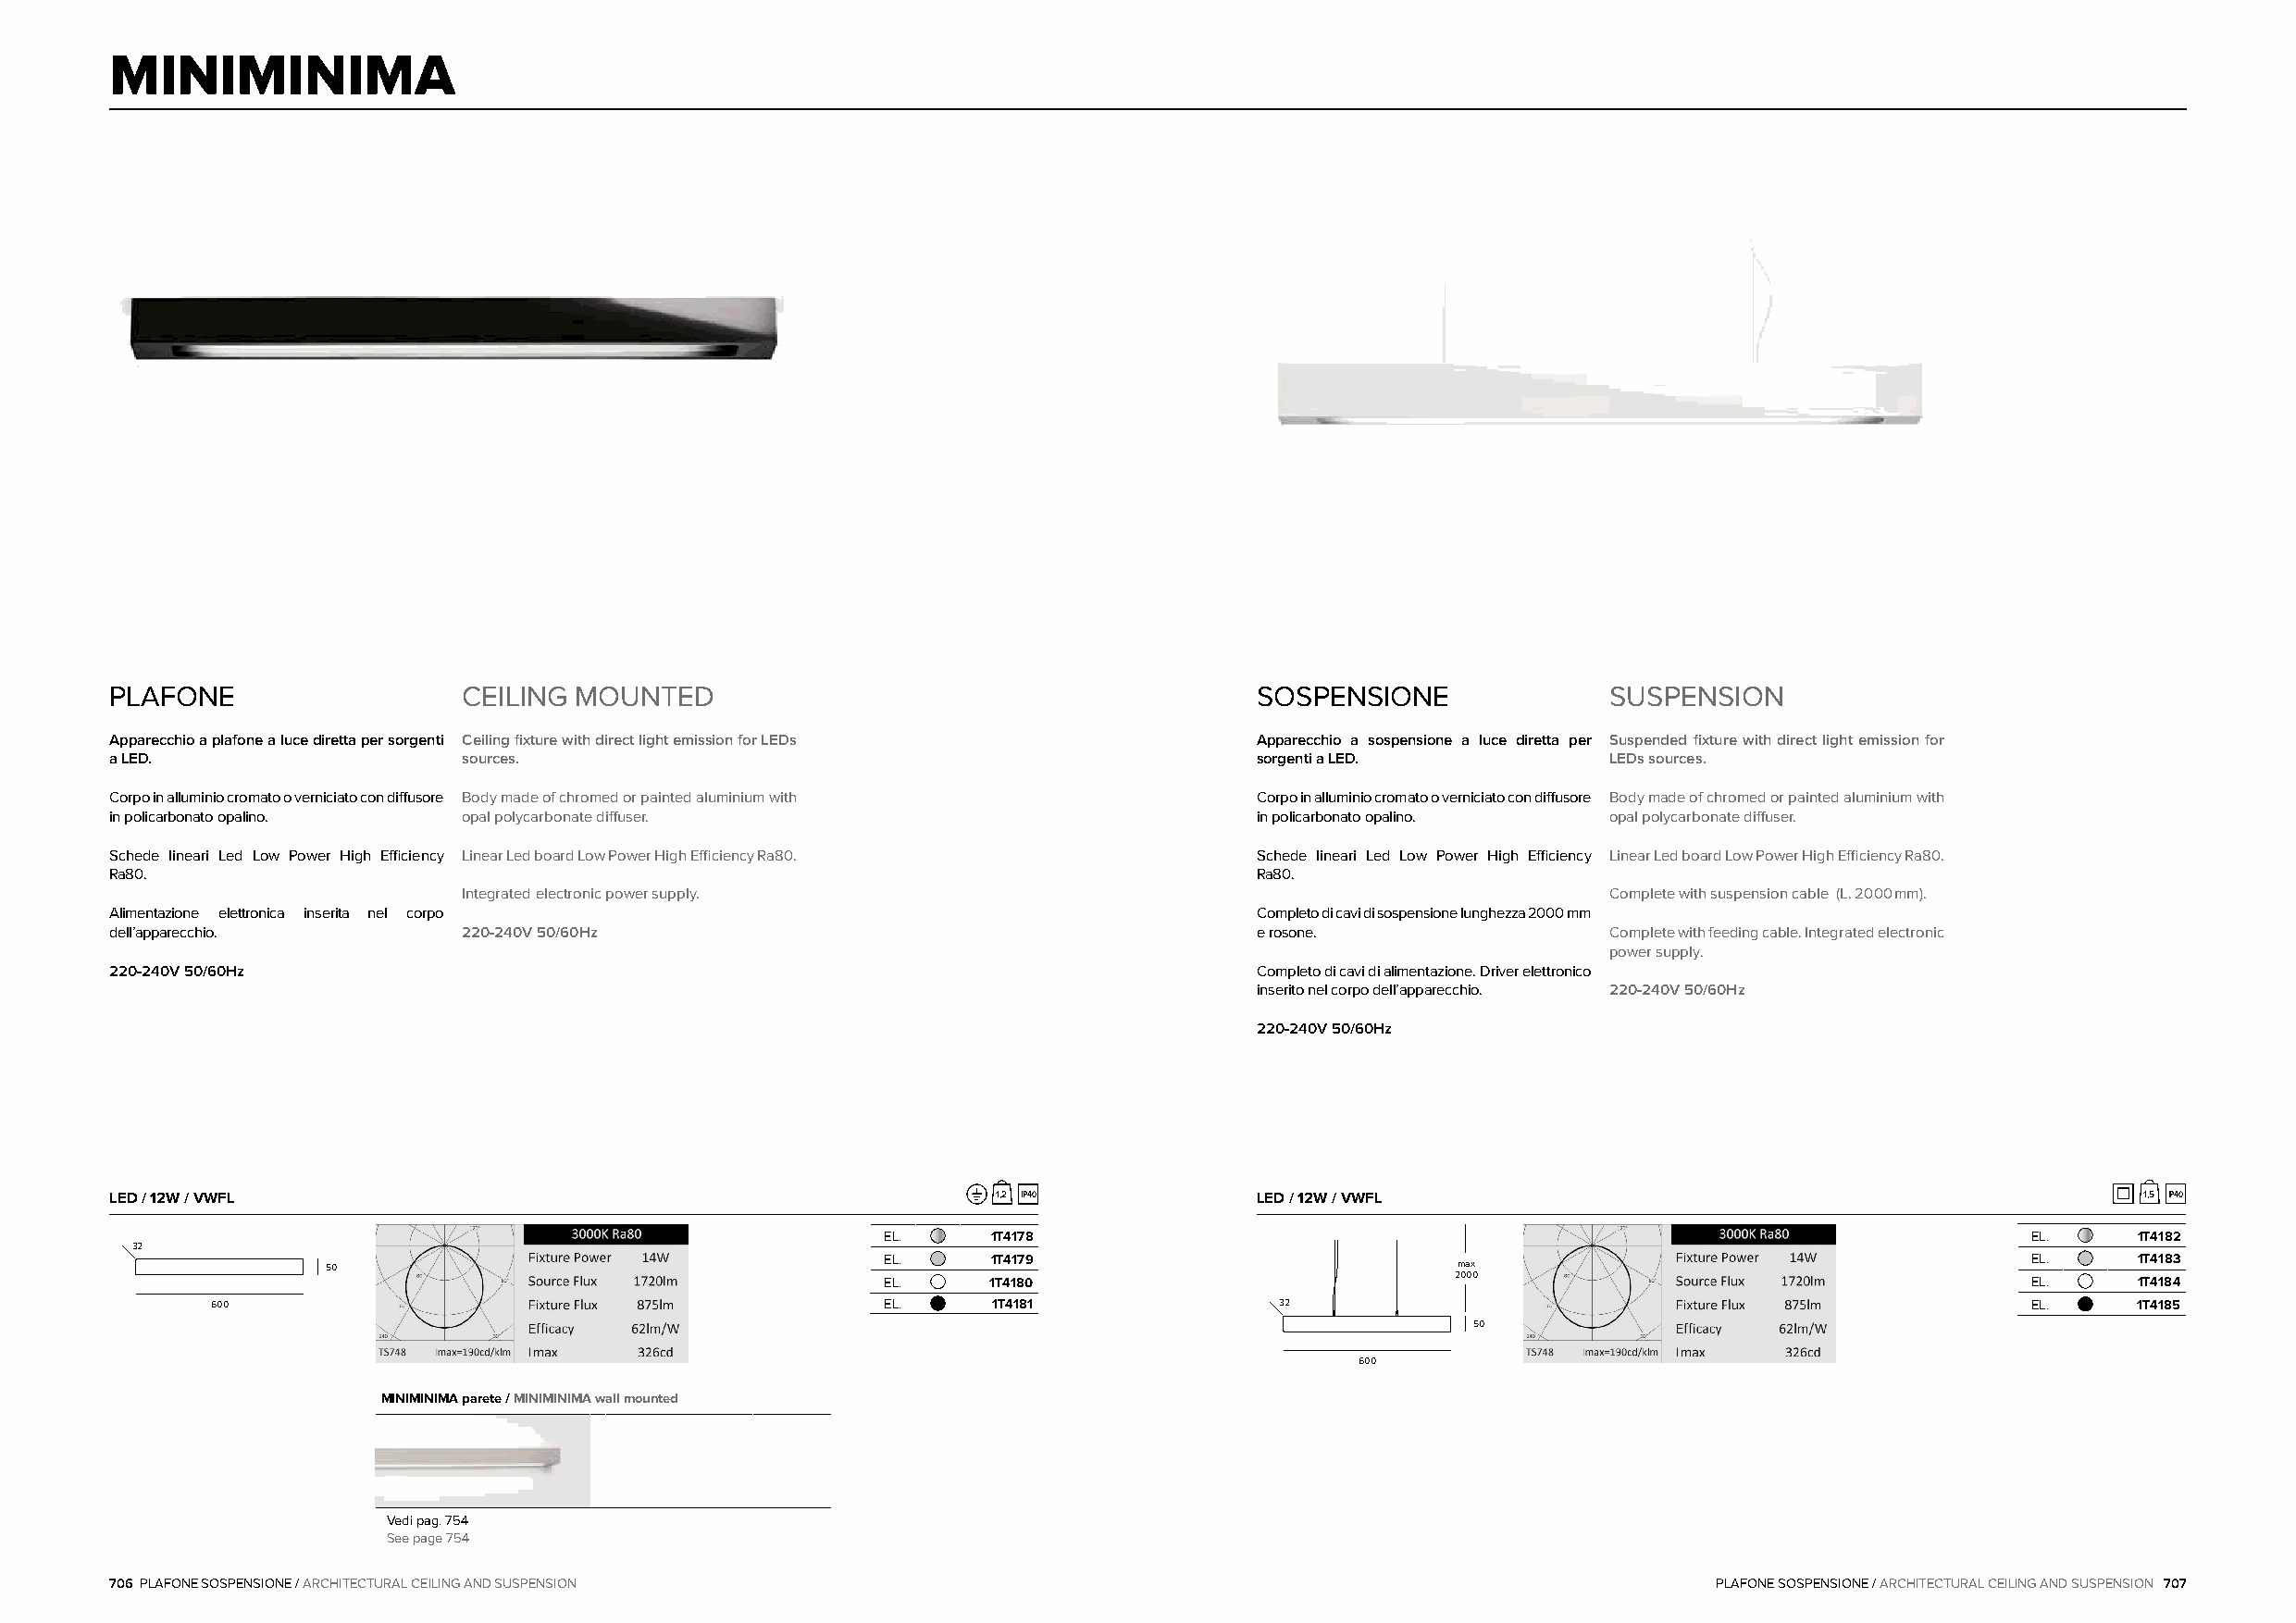
MINIMINIMA
 PLAFONE                  CEILING MOUNTED                                          SOSPENSIONE              SUSPENSION
 Apparecchio a plafone a luce diretta per sorgenti Ceiling fixture with direct light emission for LEDs Apparecchio a sospensione a luce diretta per Suspended fixture with direct light emission for
 a LED.                   sources.                                                 sorgenti a LED.          LEDs sources.
 Corpo in alluminio cromato o verniciato con diffusore Body made of chromed or painted aluminium with Corpo in alluminio cromato o verniciato con diffusore Body made of chromed or painted aluminium with
 in policarbonato opalino. opal polycarbonate diffuser.                            in policarbonato opalino. opal polycarbonate diffuser.
 Schede lineari Led Low Power High Efficiency Linear Led board Low Power High Efficiency Ra80. Schede lineari Led Low Power High Efficiency Linear Led board Low Power High Efficiency Ra80.
 Ra80.                                                                             Ra80.
 Integrated electronic power supply.                                               Complete with suspension cable (L.2000mm).
 Alimentazione elettronica inserita nel corpo                                      Completo di cavi di sospensione lunghezza 2000mm
 dell’apparecchio.        220-240V 50/60Hz                                         e rosone.                Complete with feeding cable. Integrated electronic
 power supply.
 220-240V 50/60Hz                                                                  Completo di cavi di alimentazione. Driver elettronico
 inserito nel corpo dell’apparecchio. 220-240V 50/60Hz
 220-240V 50/60Hz
 LED / 12W / VWFL                                               1,2 IP40           LED / 12W / VWFL                                               1,5 IP40
 EL.     1T4178                                                                    EL.     1T4182
 32
 50                                      EL.     1T4179                           max                                      EL.     1T4183
 2000
 EL.     1T4180                                                                    EL.     1T4184
 600                                             EL.     1T4181               32                                                   EL.     1T4185
 50
 600
 MINIMINIMA parete / MINIMINIMA wall mounted
 Vedi pag. 754
 See page 754
 706 PLAFONE SOSPENSIONE / ARCHITECTURAL CEILING AND SUSPENSION                                                     PLAFONE SOSPENSIONE / ARCHITECTURAL CEILING AND SUSPENSION 707